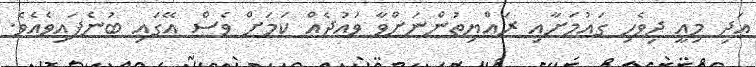
އަދި މިއީ ދިވެހި ގައުމަށާއި ރައްޔިތުންނަށްވާ ވައުދެއް ކަމަށް ވެސް އޭގައި ބުނެފައިވެއެވެ.